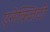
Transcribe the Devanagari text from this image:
एनेक्जिटी